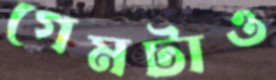
গেমটাও